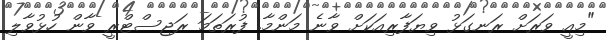
"މިއީ ވަރަށް ރަނގަޅު ވިޔަފާރިއަކަށް ވާނެ މަންމާ. ފުރަތަމަ ރަޖިސްޓްރީ ވާން ހުޅުވާލި